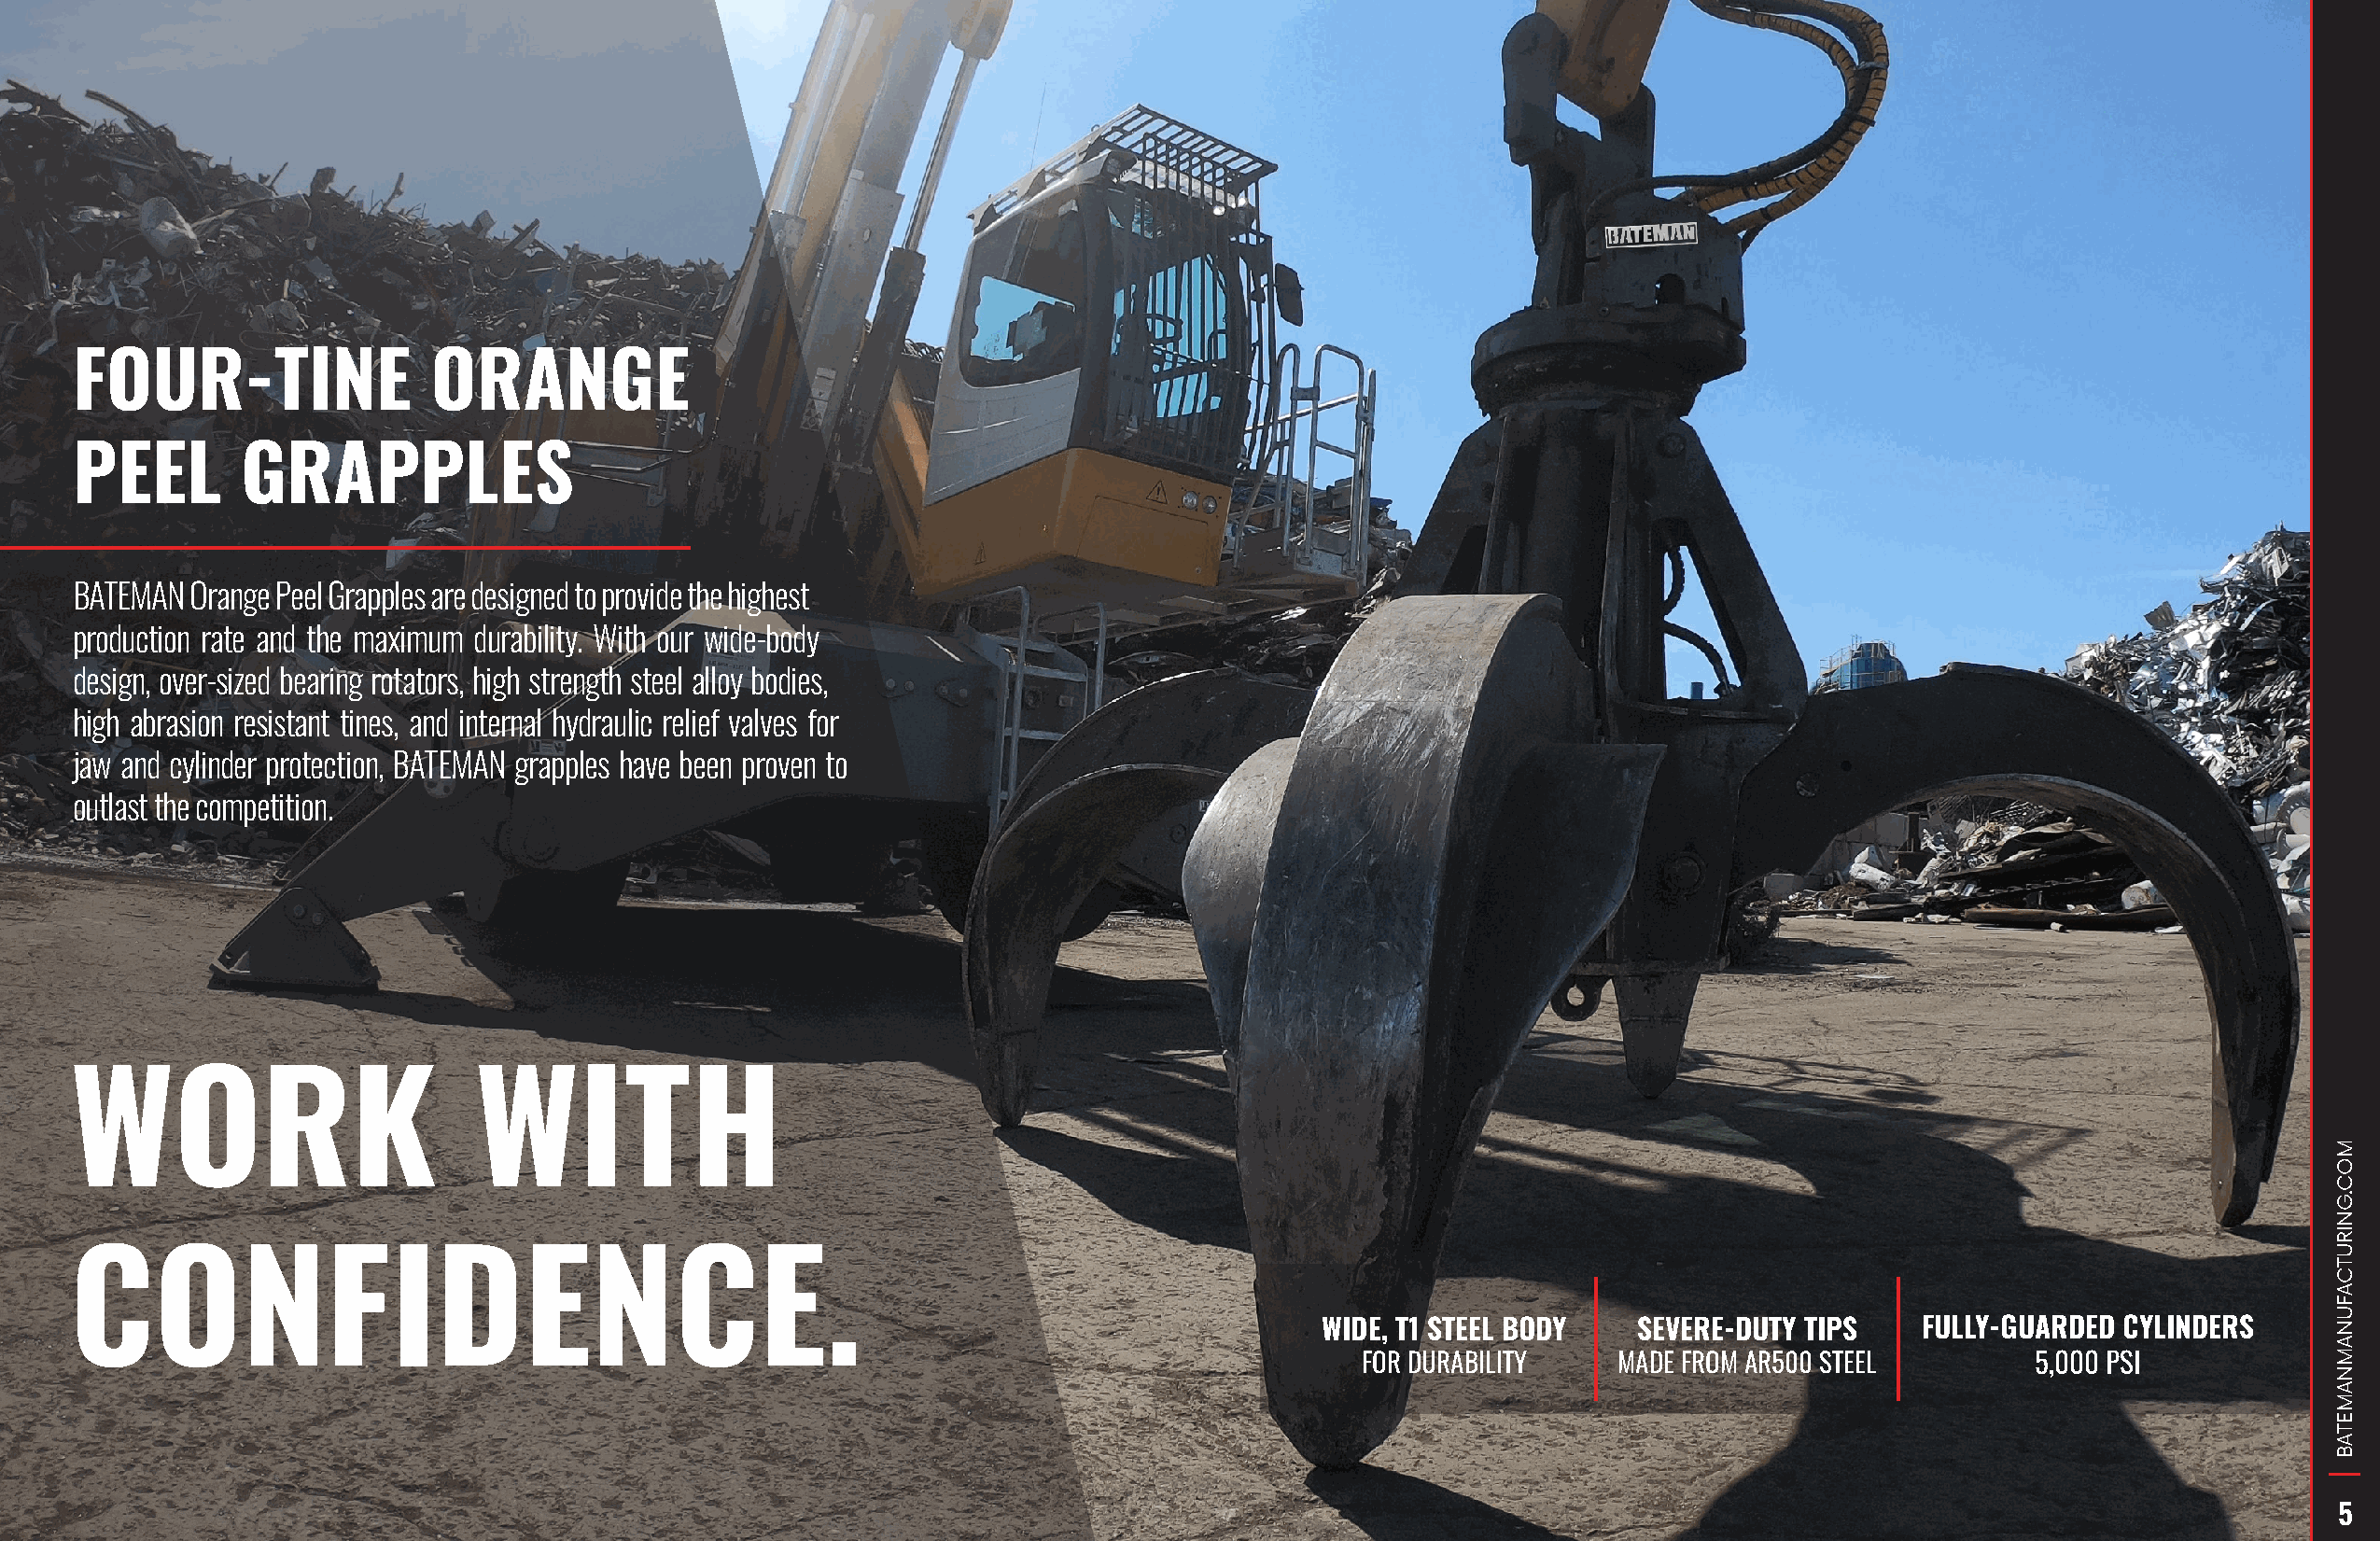
FOUR-TINE                 ORANGE
 PEEL        GRAPPLES
 BATEMAN  Orange Peel Grapples are designed to provide the highest
 production rate and the maximum durability. With our wide-body
 design, over-sized bearing rotators, high strength steel alloy bodies,
 high abrasion resistant tines, and internal hydraulic relief valves for
 jaw and cylinder protection, BATEMAN grapples have been proven to
 outlast the competition.
 WORK                         WITH
 CONFIDENCE.
 WIDE, T1 STEEL BODY   SEVERE-DUTY TIPS    FULLY-GUARDED  CYLINDERS
 FOR DURABILITY    MADE FROM AR500 STEEL        5,000 PSI
 5
 MOC.GNIRUTCAFUNAMNAMETAB